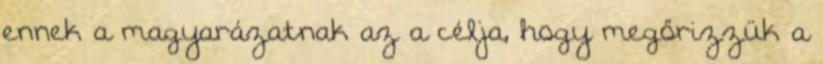
ennek a magyarázatnak az a célja, hogy megőrizzük a